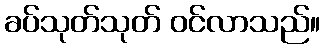
ခပ်သုတ်သုတ် ဝင်လာသည်။